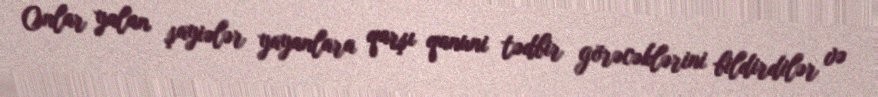
Onlar yalan şayiələr yayanlara qarşı qanuni tədbir görəcəklərini bildirdilər və